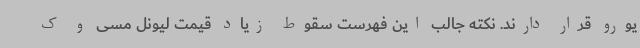
یورو قرار دارند. نکته جالب این فهرست سقوط زیاد قیمت لیونل مسی و ک